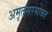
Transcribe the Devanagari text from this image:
अमृतसरसोबत